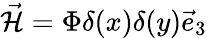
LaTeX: \vec{{\cal H}}=\Phi\delta(x)\delta(y)\vec{e}_{3}